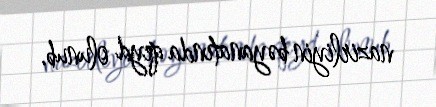
nazirliyin bəyanatında qeyd olunub.